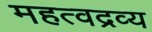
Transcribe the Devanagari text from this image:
महत्वद्रव्य